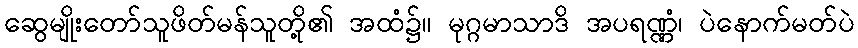
ဆွေမျိုးတော်သူဖိတ်မန်သူတို့၏ အထံ၌။ မုဂ္ဂမာသာဒိ အပရဏ္ဏံ၊ ပဲနောက်မတ်ပဲ